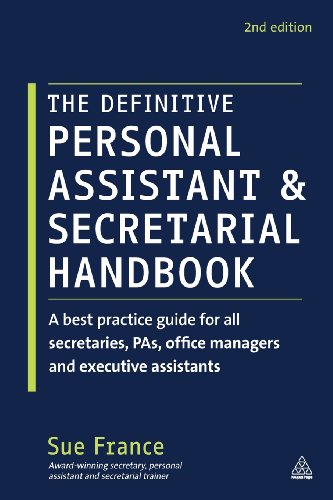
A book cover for The Definitive Personal Assistant & Secretarial Handbook: A best practice guide for all secretaries, PAs, office managers and executive assistants; Sue France; Business & Money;